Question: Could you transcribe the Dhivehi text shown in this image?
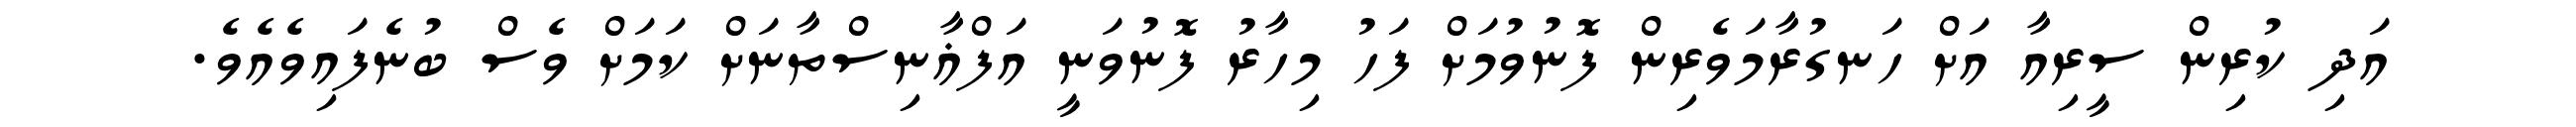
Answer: އަދި ކުރިން ސީރިއާ އަށް ހަނގުރާމަވެރިން ފޮނުވުމަށް ފަހު މިހާރު ފޮނުވަނީ އަފްޣާނިސްތާނަށް ކަމަށް ވެސް ބުނެފައިވެއެވެ.